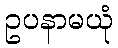
ဥပနာမယုံ